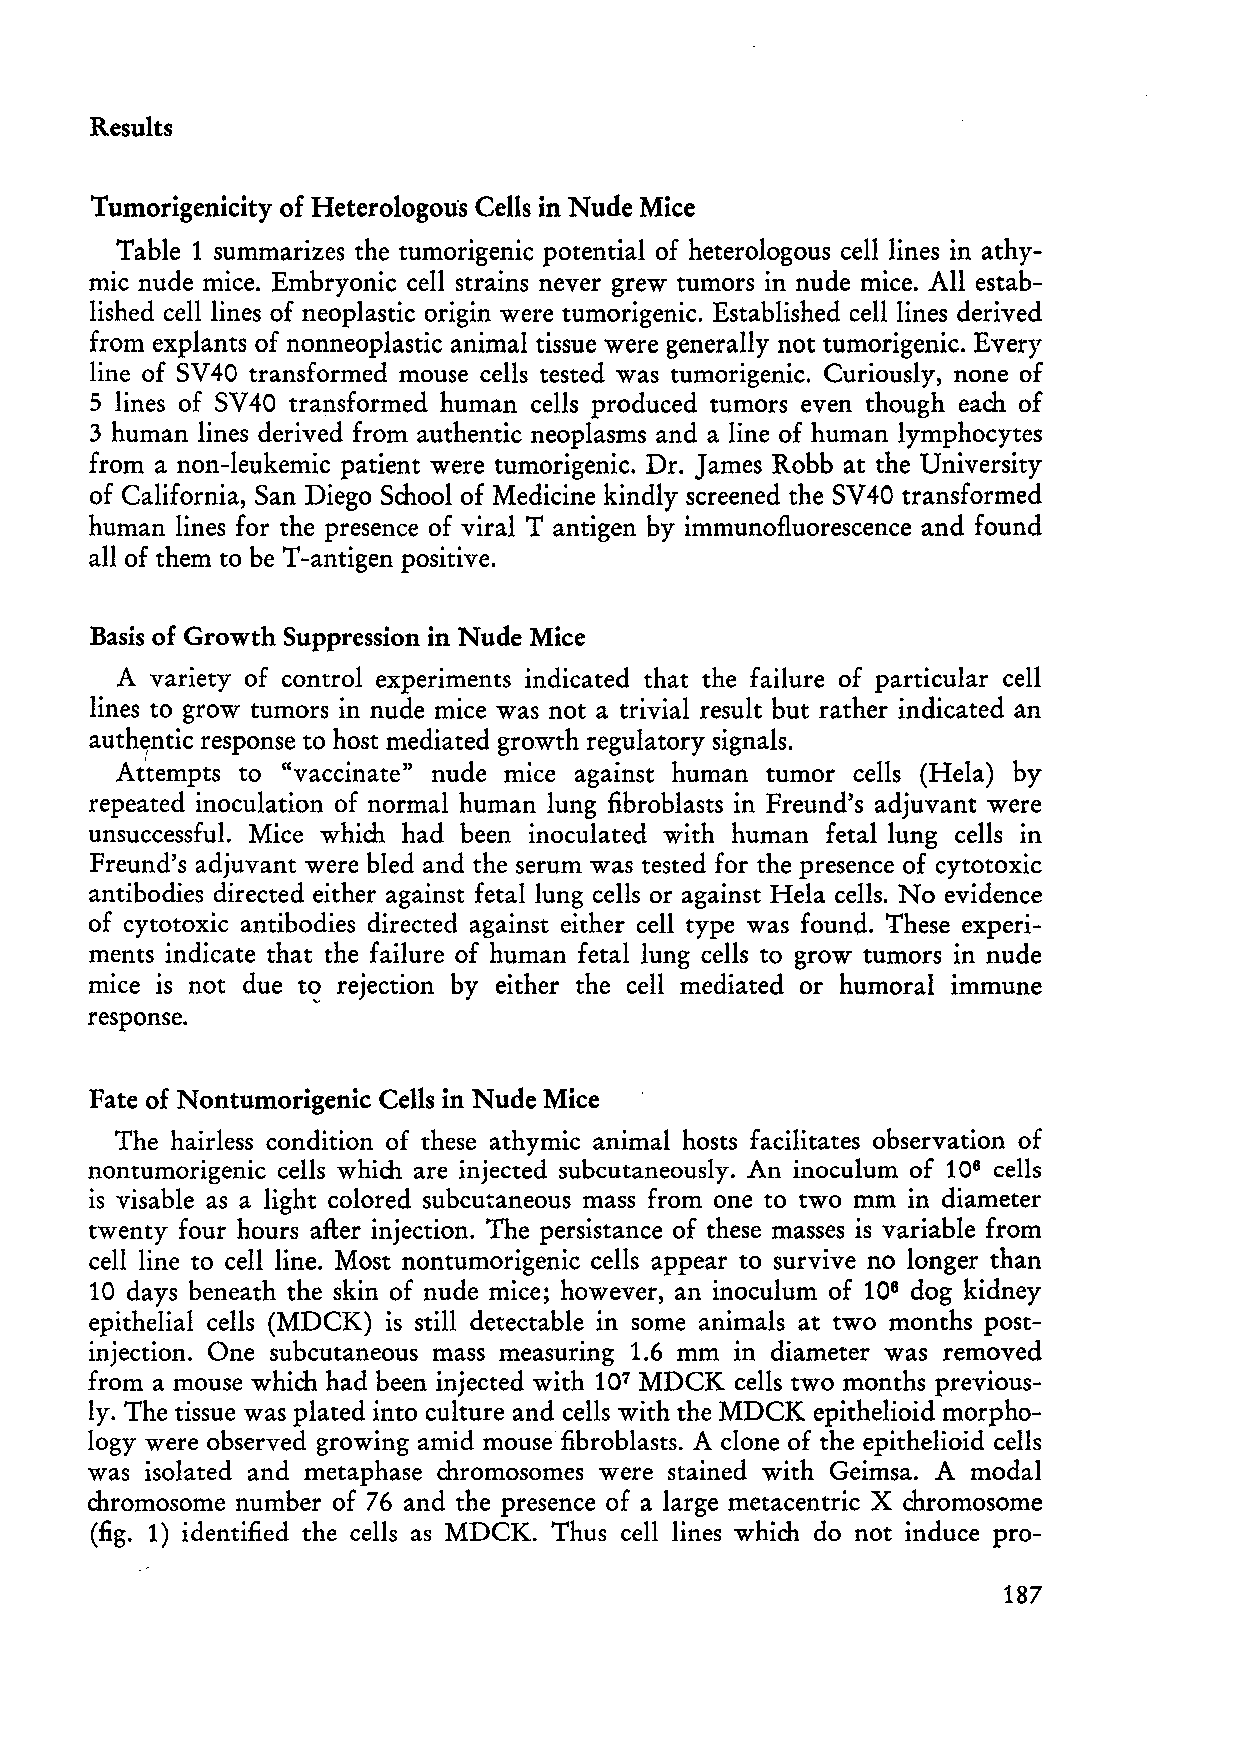
Results
 Tumorigenicity of Heterologoüs Cells in Nude Mice
 Table 1 summarizes the tumorigenic potential of heterologous celllines in athy
 mic nude mice. Embryonic cell strains never grew tumors in nude mice. All estab
 lished celliines of neoplastic origin were tumorigenic. Established celliines derived
 from explants of nonneoplastic animal tissue were generally not tumorigenic. Every
 line of SV40 transformed mouse cells tested was tumorigenic. Curiously, none of
 5 lines of SV 40 transformed human cells produced tumors even though each of
 3 human lines derived from authentic neoplasms and a line of human lymphocytes
 from a non-Ieukemic patient were tumorigenic. Dr. James Robb at the University
 of California, San Diego School of Medicine kindly screened the SV4 0 transformed
 human lines for the presence of viral T antigen by immunofluorescence and found
 a11 of them to be T-antigen positive.
 Basis of Growth Suppression in Nude Mice
 A variety of control experiments indicated that the failure of particular cell
 lines to grow tumors in nude mice was not a trivial result but rather indicated an
 auth~ntic response to host mediated growth regulatory signals.
 Attempts to "vaccinate" nude mice against human tumor ce11s (HeIa) by
 repeated inoculation of normal human lung fibroblasts in Freund's adjuvant were
 unsuccessful. Mice which had been inoculated with human fetallung cells in
 Freund's adjuvant were bled and the serum was tested for the presence of cytotoxic
 antibodies directed either against fetallung cells or against HeIa cells. No evidence
 of cytotoxic antibodies directed against either cell type was found. These experi
 ments indicate that the failure of human fetal lung cells to grow tumors in nude
 mIce IS not due t~ rejection by either the ce11 mediated or humoral immune
 response.
 Fate of Nontumorigenic Cells in Nude Mice
 The hairless condition of these athymic animal hosts facilitates observation of
 nontumorigenic cells which are injected subcutaneousIy. An inoculum of 106 cells
 is visable as a light colored subcutaneous mass from one to two mm in diameter
 twenty four hours after injection. The persistance of these masses is variable from
 cell line to cel1line. Most nontumorigenic ce11s appear to survive no longer than
 10 days beneath the skin of nude mice; however, an inoculum of 106 dog kidney
 epithelial cells (MDCK) is still detectable in some animals at two months post
 injection. One subcutaneous mass measuring 1.6 mm in diameter was removed
 from a mouse which had been injected with 107 MDCK cells two months previous
 Iy. The tissue was plated into culture and cells with the MDCK epithelioid morpho
 logy were observed growing amid mouse fibroblasts. A clone of the epithelioid cells
 was isolated and metaphase chromosomes were stained with Geimsa. A modal
 chromosome number of 76 and the presence of a large metacentric X chromosome
 (fig. 1) identified the cells as MDCK. Thus cell lines which do not induce pro-
 187